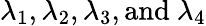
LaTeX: \lambda_{1},\lambda_{2},\lambda_{3},\textnormal{and}~\lambda_{4}